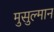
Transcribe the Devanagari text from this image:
मुसुल्मान